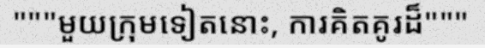
"""មួយក្រុមទៀតនោះ, ការគិតគូរដ៏"""